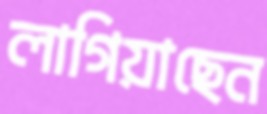
লাগিয়াছেন